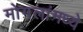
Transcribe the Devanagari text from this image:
मोगलांमध्ये